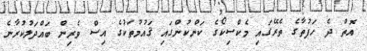
އޮތް ދެ ހަފުތާގެ ތެރޭގައި މެކްސިކޯގެ ކަންކުންގައި ޤައުމުތަކުގެ އިސް ވެރިން ބައްދަލުކުރާނެ